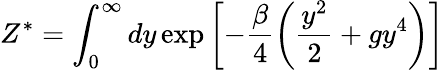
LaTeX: Z^{*}=\int_{0}^{\infty}dy\exp\left[-\frac{\beta}{4}\left(\frac{y^{2}}{2}+gy^{4}\right)\right]